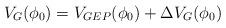
LaTeX: \begin{align*}V_G(\phi_0)=V_{GEP}(\phi_0) + \Delta V_G(\phi_0)\end{align*}